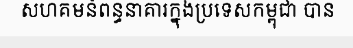
សហគមន៍ពន្ធនាគារក្នុងប្រទេសកម្ពុជា បាន